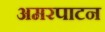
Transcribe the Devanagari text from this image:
अमरपाटन